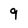
Character: 9